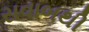
સવાબથી